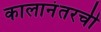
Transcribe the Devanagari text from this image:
कालानंतरची